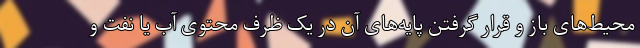
محیط‌های باز و قرار گرفتن پایه‌های آن در یک ظرف محتوی آب یا نفت و